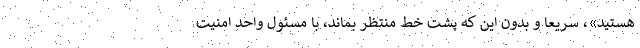
هستید»، سریعا و بدون این که پشت خط منتظر بماند، با مسئول واحد امنیت